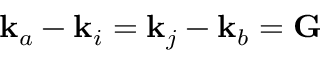
{ \bf k } _ { a } - { \bf k } _ { i } = { \bf k } _ { j } - { \bf k } _ { b } = { \bf G }